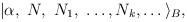
LaTeX: \begin{align*} |\alpha,\ N, \ N_1,\ \dots, N_k, \dots \rangle_B,\end{align*}